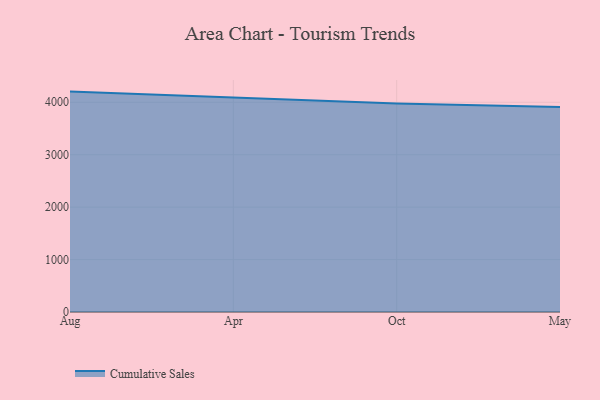
{"axis": {"x": "Month", "y": "Waste Production (Tons)"}, "legend": ["Cumulative Sales"], "data": [{"x": "Aug", "y": 4203.9, "type": "Cumulative Sales"}, {"x": "Apr", "y": 4096.9, "type": "Cumulative Sales"}, {"x": "Oct", "y": 3976.2, "type": "Cumulative Sales"}, {"x": "May", "y": 3912.4, "type": "Cumulative Sales"}]}